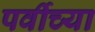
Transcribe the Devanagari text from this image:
पर्वीच्या